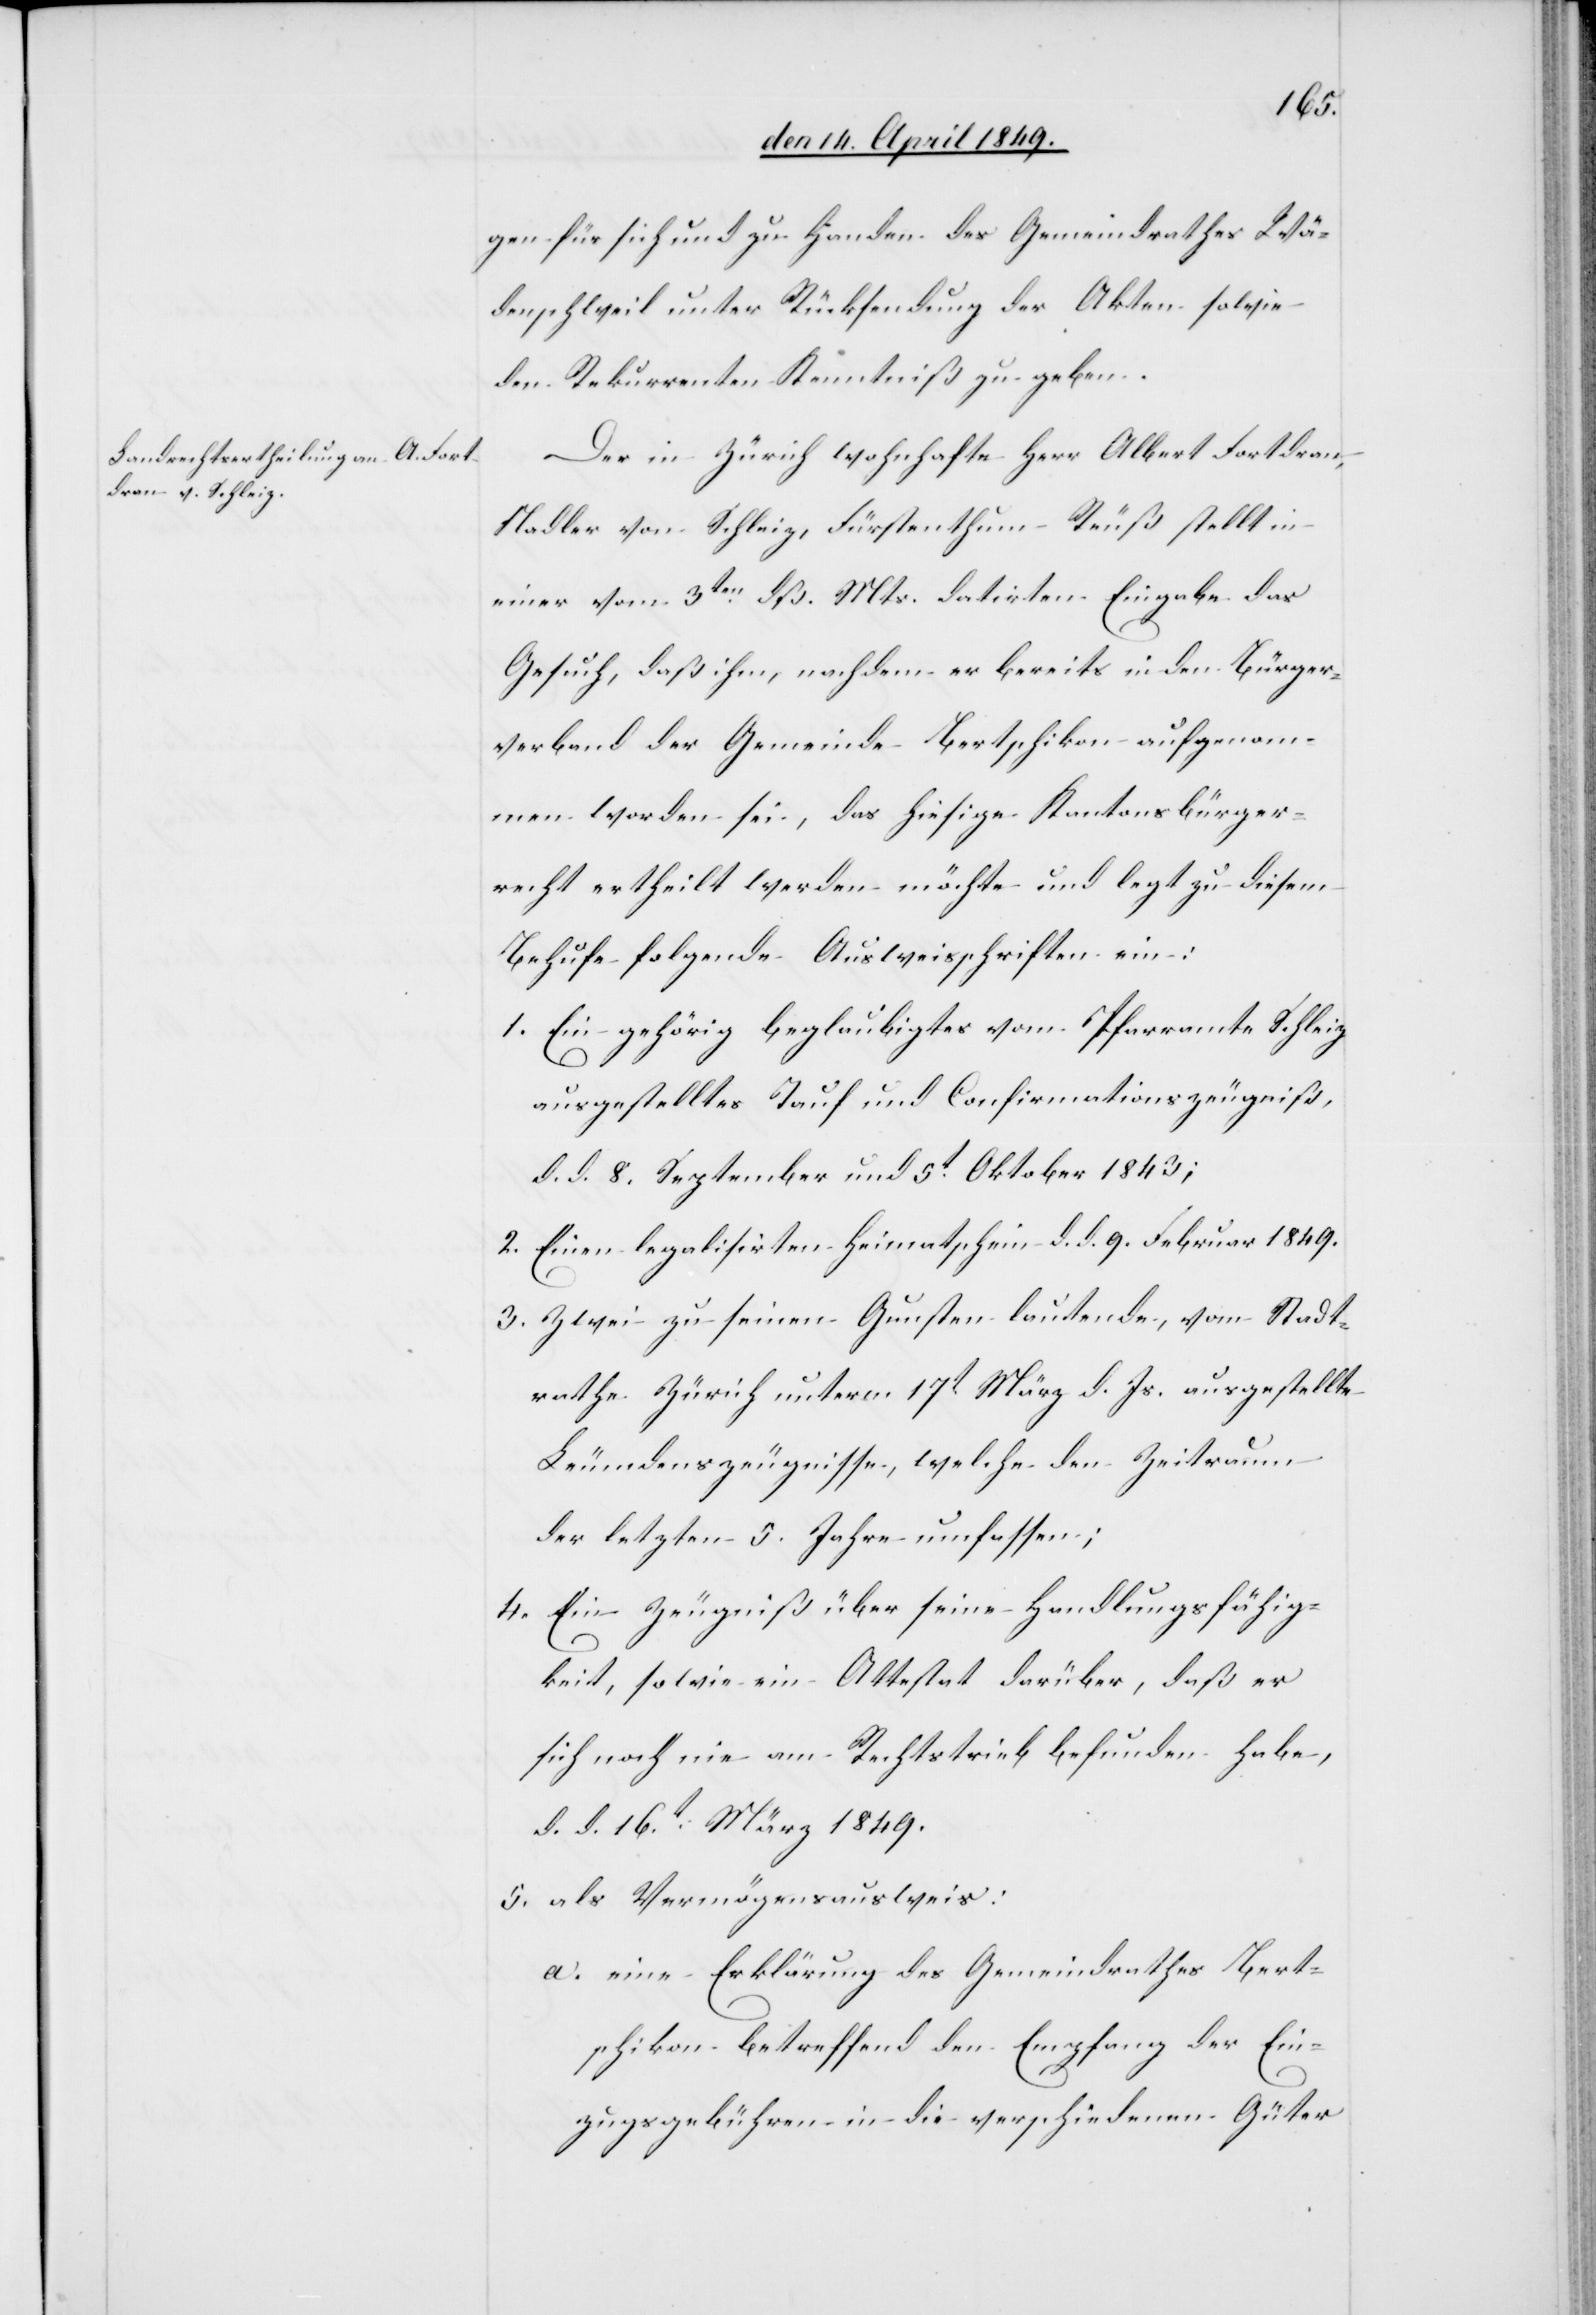
gen für sich und zu Handen des Gemeindrathes Wä¬
denschweil unter Rücksendung der Akten sowie
den Rekurrenten Kenntniß zu geben.
Der in Zürich wohnhafte Herr Albert Fortdran,
Nadler von Schleiz, Fürstenthum Reuß stellt in
einer vom 3ten dß. Mts. datirten Eingabe das
Gesuch, daß ihm, nachdem er bereits in den Bürger¬
verband der Gemeinde Bertschikon aufgenom¬
men worden sei, das hiesige Kantonsbürger¬
recht ertheilt werden möchte und legt zu diesem
Behufe folgende Ausweisschriften ein:
1. Ein gehörig beglaubigtes vom Pfarramte Schleiz
ausgestelltes Tauf[-] und Confirmationszeugniß,
d. d. 8. September und 5t Oktober 1843;
2. Einen legalisirten Heimatschein d. d. 9. Februar 1849.
3. Zwei zu seinen Gunsten lautenden, vom Stadt¬
rathe Zürich unterm 17t März d. Js. ausgestellte
Leumdenszeugnisse, welche den Zeitraum
der letzten 5. Jahre umfassen;
4. Ein Zeugniß über seine Handlungsfähig¬
keit, sowie ein Attestat darüber, daß er
sich noch nie an Rechtstrieb befunden habe,
d. d. 16t März 1849.
5. als Vermögensausweis:
a. eine Erklärung des Gemeindrathes Bert¬
schikon betreffend den Empfang der Ein¬
zugsgebühren in die verschiedenen Güter